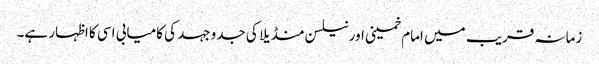
زمانہ قریب میں امام خمینی اور نیلسن منڈیلا کی جدوجہد کی کامیابی اسی کا اظہار ہے۔